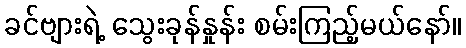
ခင်ဗျားရဲ့ သွေးခုန်နှုန်း စမ်းကြည့်မယ်နော်။